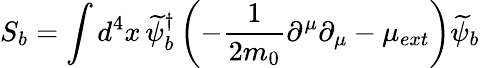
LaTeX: S_{b}=\int d^{4}x\, \widetilde{\psi}_{b}^{\dagger}\left(-\frac{1}{2m_{0}}\partial^{\mu}\partial_{\mu}-\mu_{ext}\right)\widetilde{\psi}_{b}